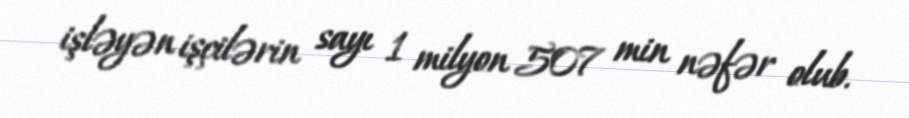
işləyən işçilərin sayı 1 milyon 507 min nəfər olub.